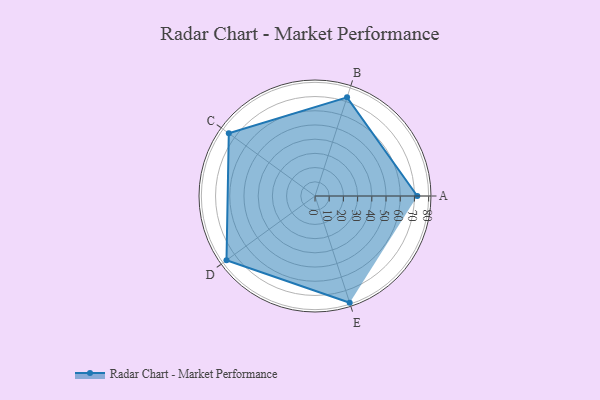
{"axis": {"x": "Skill", "y": "Score"}, "legend": ["Profile"], "data": [{"x": "A", "y": 72.0, "type": "Profile"}, {"x": "B", "y": 73.0, "type": "Profile"}, {"x": "C", "y": 75.0, "type": "Profile"}, {"x": "D", "y": 77.0, "type": "Profile"}, {"x": "E", "y": 79.0, "type": "Profile"}]}